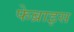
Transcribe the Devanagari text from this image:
फेब्राइस